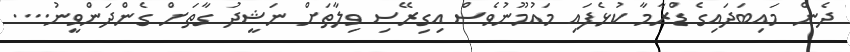
ދެން މައިބަދައިގެ ޑްރާމާ ކުޅެފައި މައުމޫނުވެސް އިގިރޭސި ވިލާތަށް ނަޝީދު ގާތަށް ގެންދަންވީނު....